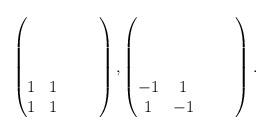
LaTeX: \begin{align*}\begin{pmatrix}& & & & \\& & & & \\& & & & \\1& 1& & & \\1& 1& & &\end{pmatrix},\begin{pmatrix} & & & & \\& & & & \\& & & & \\-1& 1& & & \\1& -1& & &\end{pmatrix}.\end{align*}